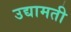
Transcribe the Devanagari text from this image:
उद्यामती